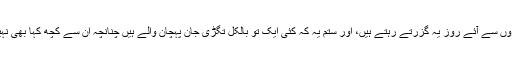
ہماری نظروں سے آئے روز یہ گزرتے رہتے ہیں، اور ستم یہ کہ کئی ایک تو بالکل تگڑی جان پہچان والے ہیں چنانچہ ان سے کچھ کہا بھی نہیں جا سکتا۔